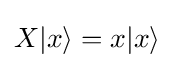
X|x\rangle =x|x\rangle